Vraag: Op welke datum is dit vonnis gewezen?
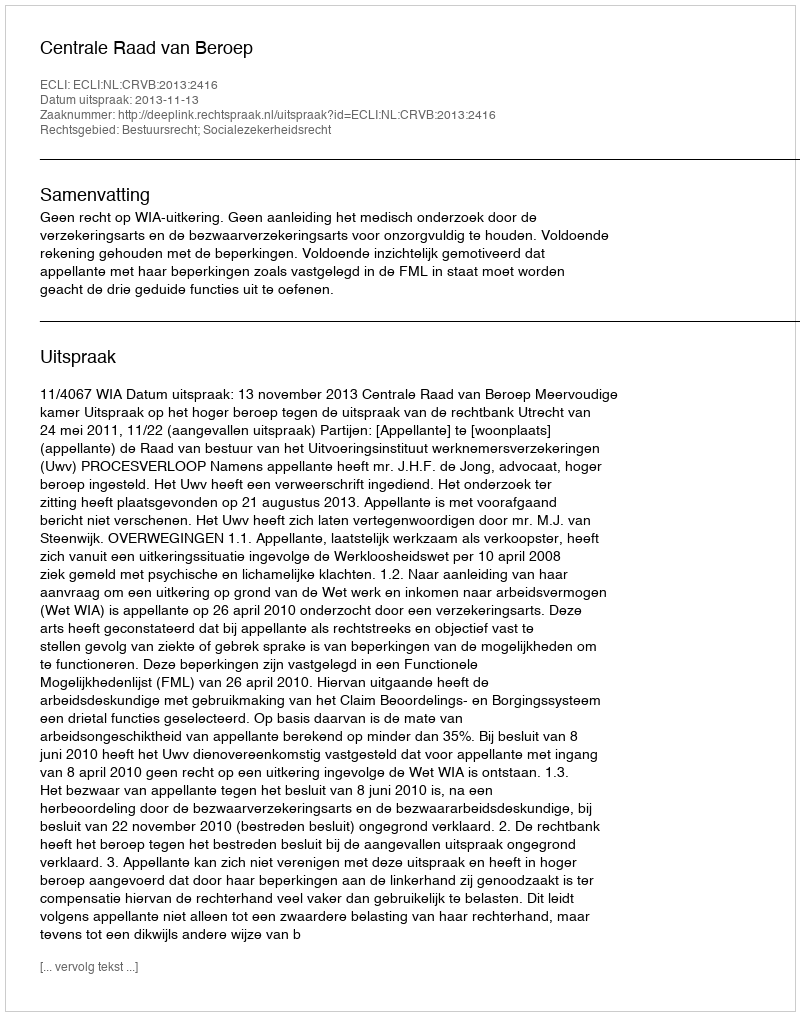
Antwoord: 2013-11-13